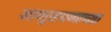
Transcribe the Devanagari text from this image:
माणूसपणाच्या